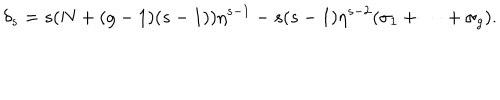
LaTeX: \delta _ { s } = s ( N + ( g - 1 ) ( s - 1 ) ) \eta ^ { s - 1 } - s ( s - 1 ) \eta ^ { s - 2 } ( \sigma _ { 1 } + \cdots + \sigma _ { g } ) .